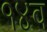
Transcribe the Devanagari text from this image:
१४व